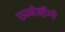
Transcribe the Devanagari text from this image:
रुम्मेनीग्गे